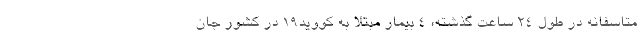
متاسفانه در طول ۲۴ ساعت گذشته، ۴ بیمار مبتلا به کووید۱۹ در کشور جان